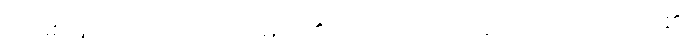
အဖြစ်ဖြင့်။ ပါဒဋ္ဌော၊ ပါဒဋ္ဌ မည်၏။ ပဒဋ္ဌောတိပိ၊ ဟူ၍လည်း။ ပါဌော၊ ၏။